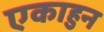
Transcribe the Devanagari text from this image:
एकाहुन